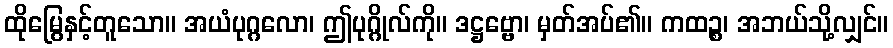
ထိုမြွေနှင့်တူသော။ အယံပုဂ္ဂလော၊ ဤပုဂ္ဂိုလ်ကို။ ဒဋ္ဌဗ္ဗော၊ မှတ်အပ်၏။ ကထဉ္စ၊ အဘယ်သို့လျှင်။